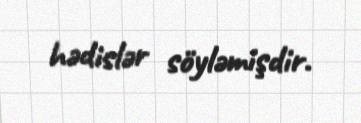
hədislər söyləmişdir.